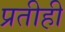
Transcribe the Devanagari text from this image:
प्रतीही